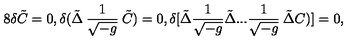
8 \delta \tilde { C } = 0 , \delta ( \tilde { \Delta } \: \frac { 1 } { \sqrt { - g } } \: \tilde { C } ) = 0 , \delta [ \tilde { \Delta } \frac { 1 } { \sqrt { - g } } \tilde { \Delta } . . . \frac { 1 } { \sqrt { - g } } \: \tilde { \Delta } C ) ] = 0 ,